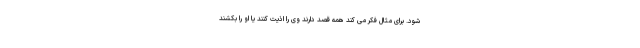
شود. برای مثال فکر می کند همه قصد دارند وی را اذیت کنند یا او را بکشند